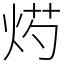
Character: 烵